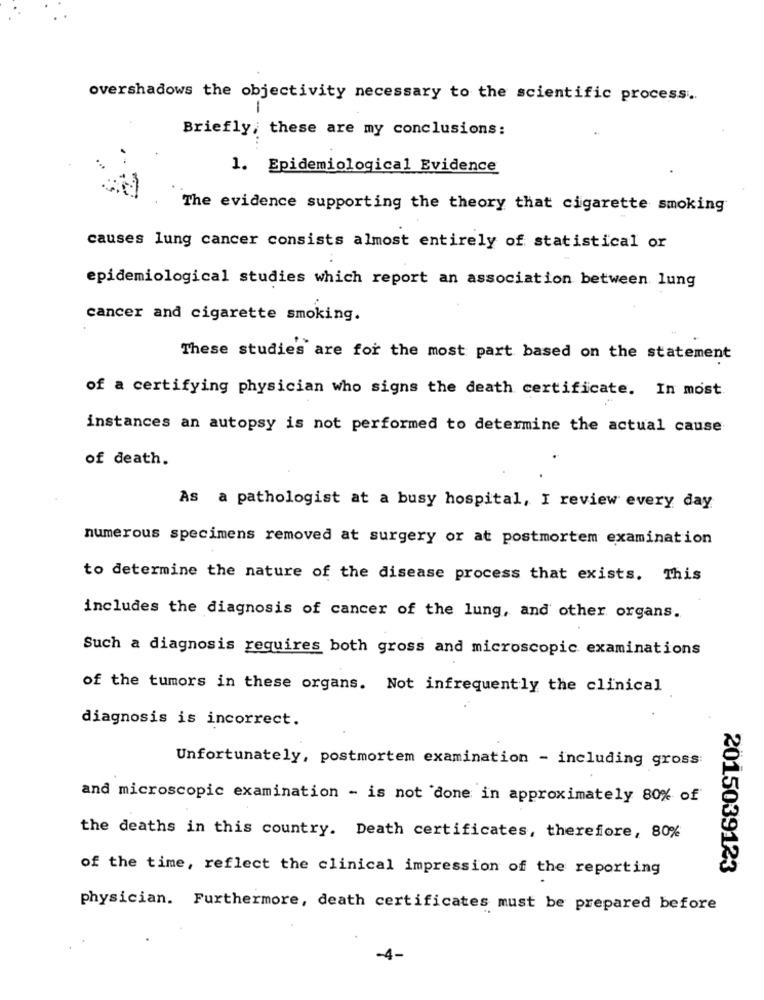
overshadows the objectivity necessary to the scientific process ..
-
Briefly, these are my conclusions:
1. Epidemiological Evidence
The evidence supporting the theory that cigarette smoking
causes lung cancer consists almost entirely of statistical or
epidemiological studies which report an association between lung
cancer and cigarette smoking.
These studies are for the most part based on the statement
of a certifying physician who signs the death certificate. In most
instances an autopsy is not performed to determine the actual cause
of death.
As a pathologist at a busy hospital, I review every day
numerous specimens removed at surgery or at postmortem examination
to determine the nature of the disease process that exists. This
includes the diagnosis of cancer of the lung, and other organs.
Such a diagnosis requires both gross and microscopic examinations
of the tumors in these organs. Not infrequently the clinical
diagnosis is incorrect.
Unfortunately, postmortem examination - including gross:
and microscopic examination - is not done in approximately 80% of
the deaths in this country. Death certificates, therefore, 80%
of the time, reflect the clinical impression of the reporting
2015039123
physician. Furthermore, death certificates must be prepared before
-4-